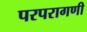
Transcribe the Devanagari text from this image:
परपरागणी